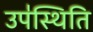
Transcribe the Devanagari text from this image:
उप॑स्थिति